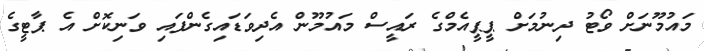
މައުމޫނަށް ވޯޓު ދިނުމަށް ޕީޕީއެމްގެ ރައީސް މައުމޫން އެދިވަޑައިގެންފައި ވަނިކޮށް އެ ޕާޓީގެ